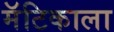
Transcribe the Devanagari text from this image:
मॅटिकाला